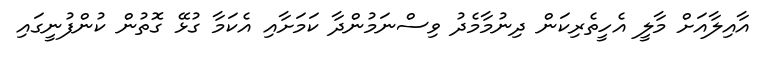
އާއިލާއަށް މާލީ އެހީތެރިކަން ދިނުމާމެދު ވިސްނަމުންދާ ކަމަށާއި އެކަމާ ގުޅޭ ގޮތުން ކުންފުނީގައި